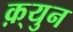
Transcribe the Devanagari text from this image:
क़्युन